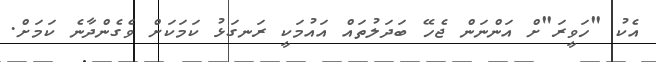
އެކު "ހަވީރަ"ށް އަންނަން ޖެހޭ ބަދަލުތައް އައުމަކީ ރަނގަޅު ކަމަކަށް ވެގެންދާނެ ކަމަށް.